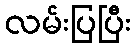
လမ်းပြပြီး